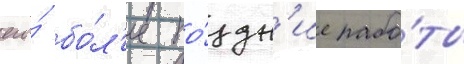
его́ бо́л'ее по́здн'ие рабо́ты